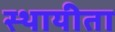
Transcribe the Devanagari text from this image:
स्थायीता